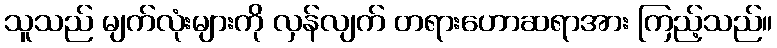
သူသည် မျက်လုံးများကို လှန်လျက် တရားဟောဆရာအား ကြည့်သည်။